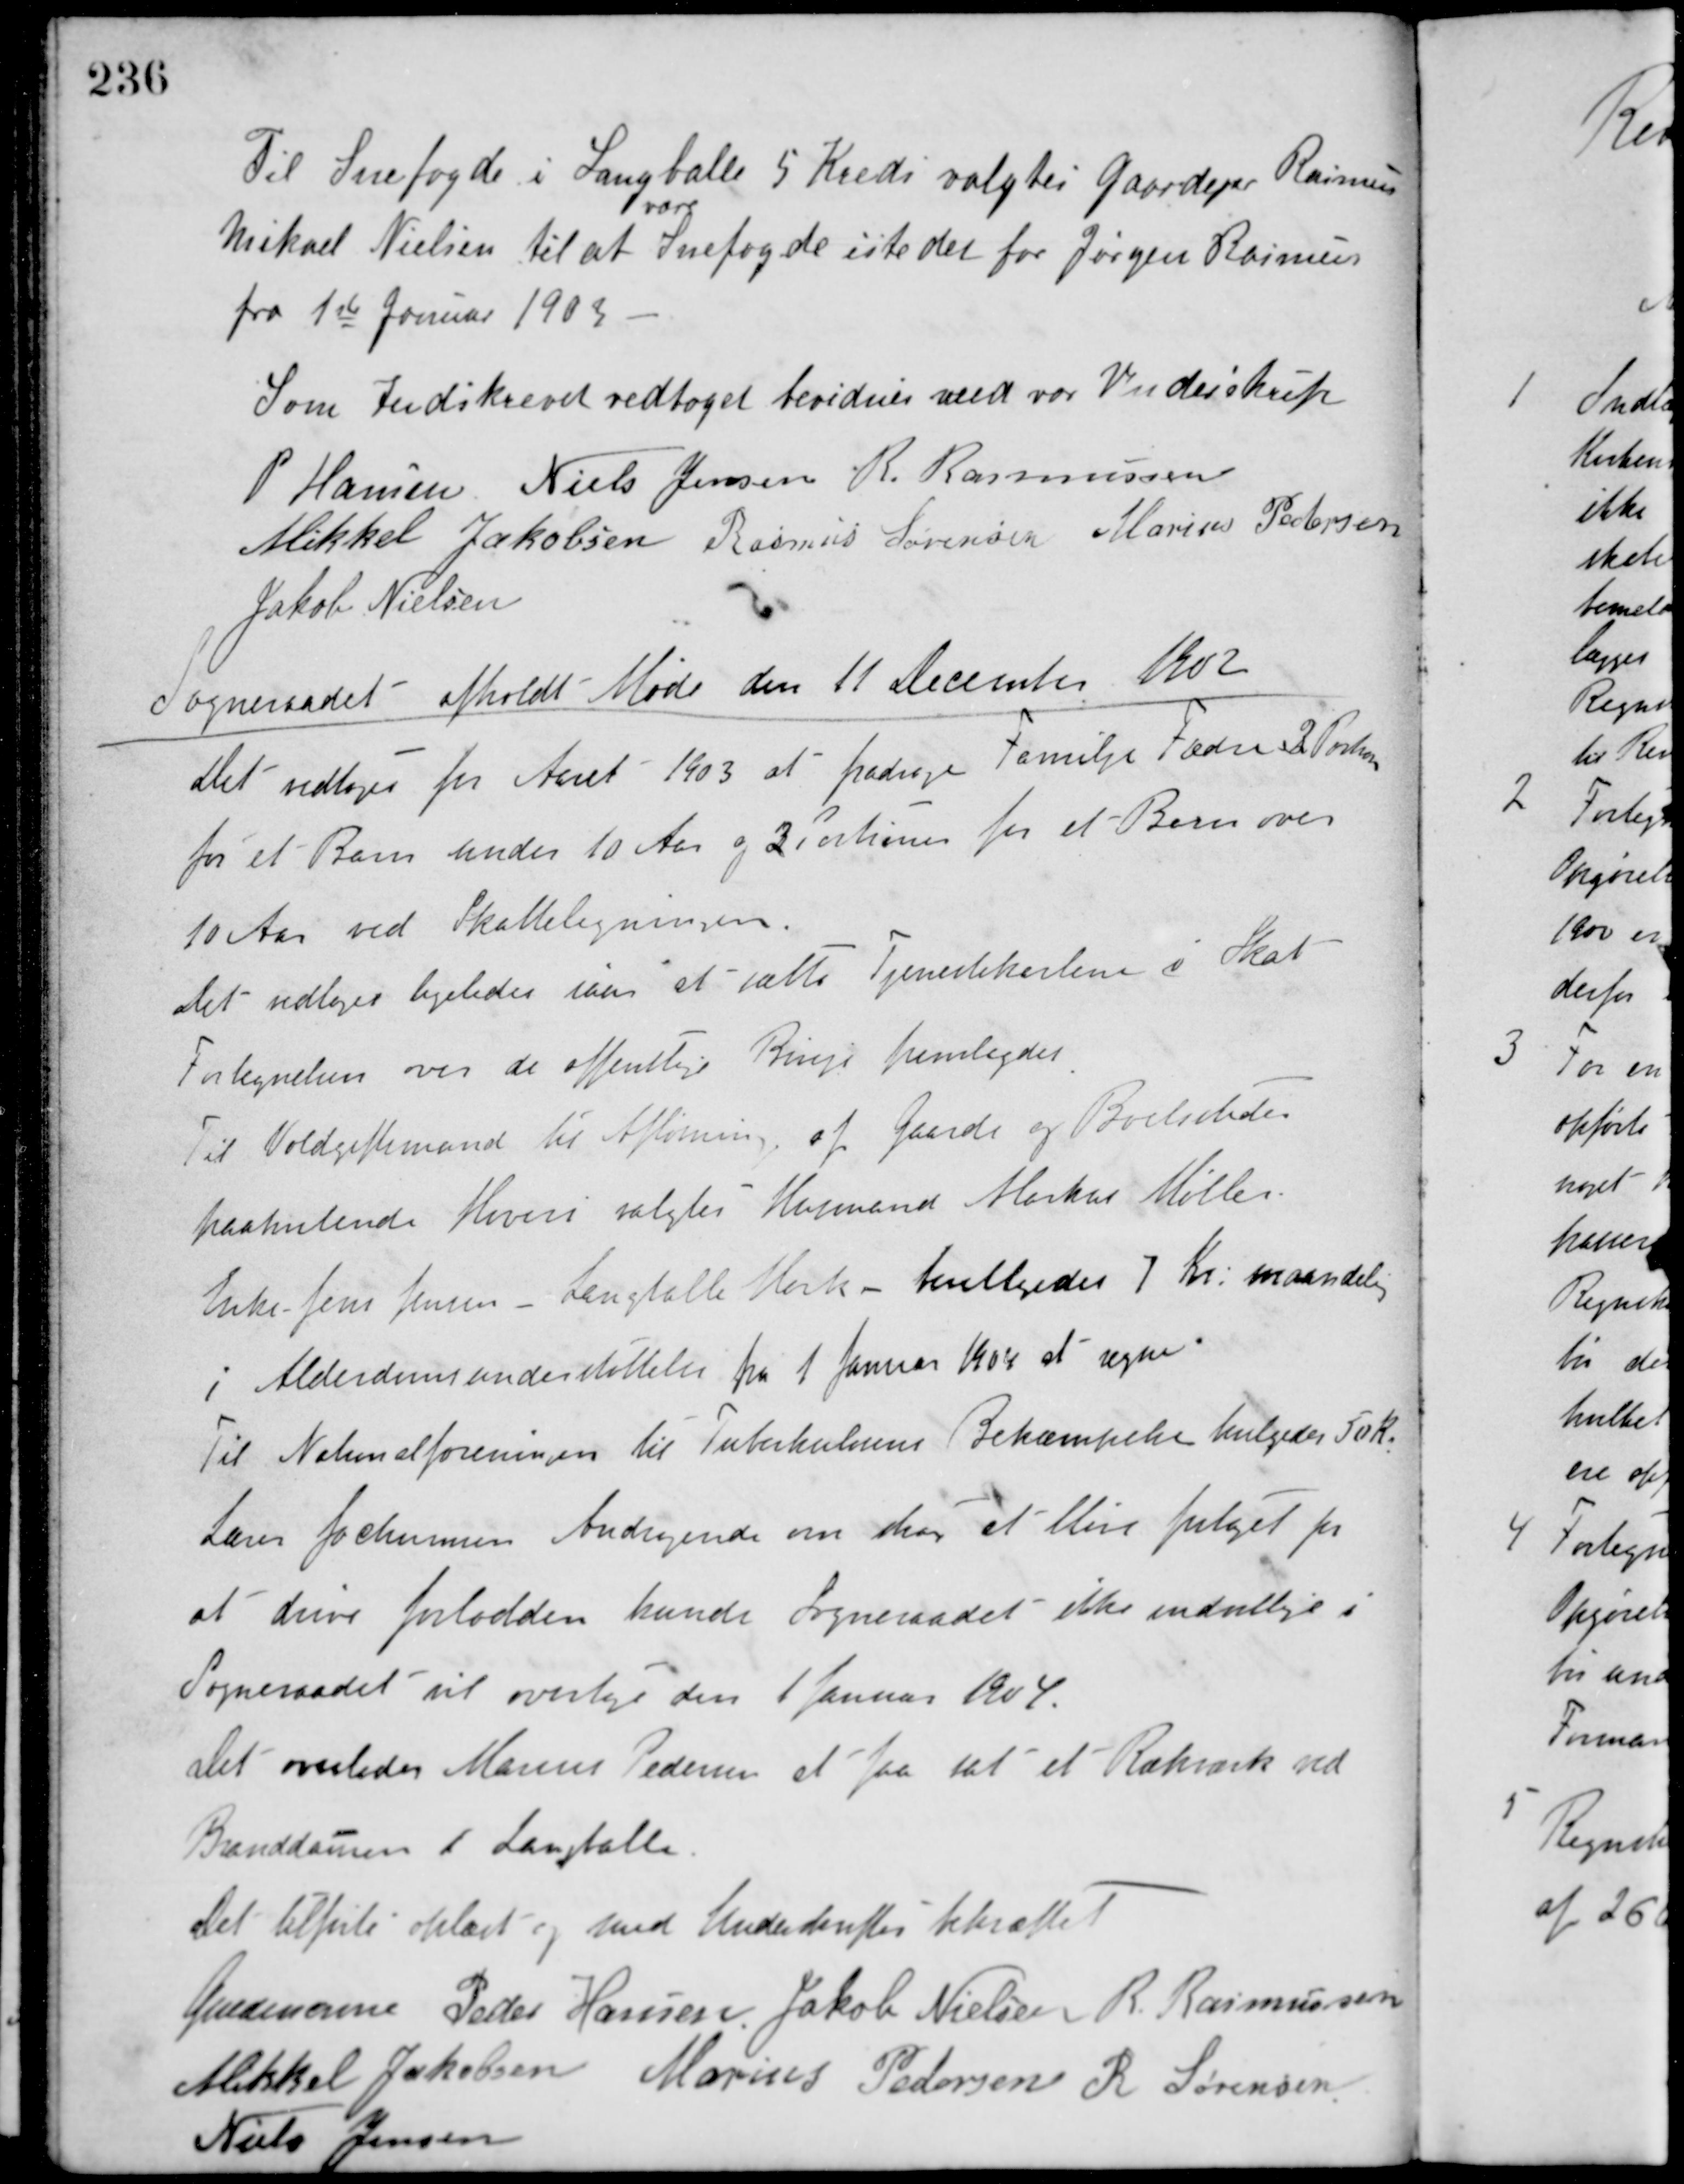
Transskription:
Til Snefogde i Langballe 5 Kreds valgtes Gaardejer Rasmus
Mikael Nielsen til at
være
Snefogde istedet for Jørgen Rasmus
fra 1ste Januar 1903
Som Indskrevet vedtaget bevidnes med vor Underskrift
P. Hansen Niels Jensen R. Rasmussen
Mikkel Jakobsen Rasmus Sørensen Marius Pedersen
Jakob Nielsen
Sogneraadet afholdt Møde den 11 December 1902
Det vedtoges for Aaret 1903 at fradrage Familje Fædre 3 Portioner
for et Barn under 10 Aar og 2 Portioner for et Barn over
10 Aar ved Skatteligningen.
Det vedtoges ligeledes iaar at sætte Tjenestekarlene i Skat.
Fortegnelsen over de offentlige Ringe fremlagdes.
Til Voldgiftsmand til Afløsning af Gaarde og Boelsteder
paahvilende Hoveri valgtes Husmand Markus Møller.
Enke Jens Jensen Langballe Mark - bevilgedes 7 Kr. maandelig
i Alderdomsunderstøttelse fra 1 Januar 1904 at regne.
Til Nationalforeningen til Tuberkulosens Bekæmpelse bevilgedes 50 Kr.
Lærer Jochumsens Andragende om dog at blive forlænget for
at drive forlodden kunde Sogneraadet ikke indvillige i.
Sogneraadet vil overtage den 1 Januar 1904.
Det overlodes Marius Pedersen at faa sat et Rækværk ved
Branddamen i Langballe.
Det tilførte oplæst og med Underskrifter bekræftet
Guldencrone Peder Hansen Jakob Nielsen R. Rasmussen
Mikkel Jakobsen Marius Pedersen R. Sørensen
Niels Jensen